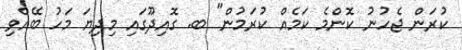
ކުރަން ޖެހުނު ކޮންމެ ކަމެއް ކުރަމުން" ބ. ގޮއިދޫގައި މިދިޔަ މަހު ބޭއްވި